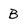
Character: B